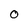
Character: O